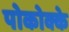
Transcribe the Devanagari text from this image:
पोकोक्के